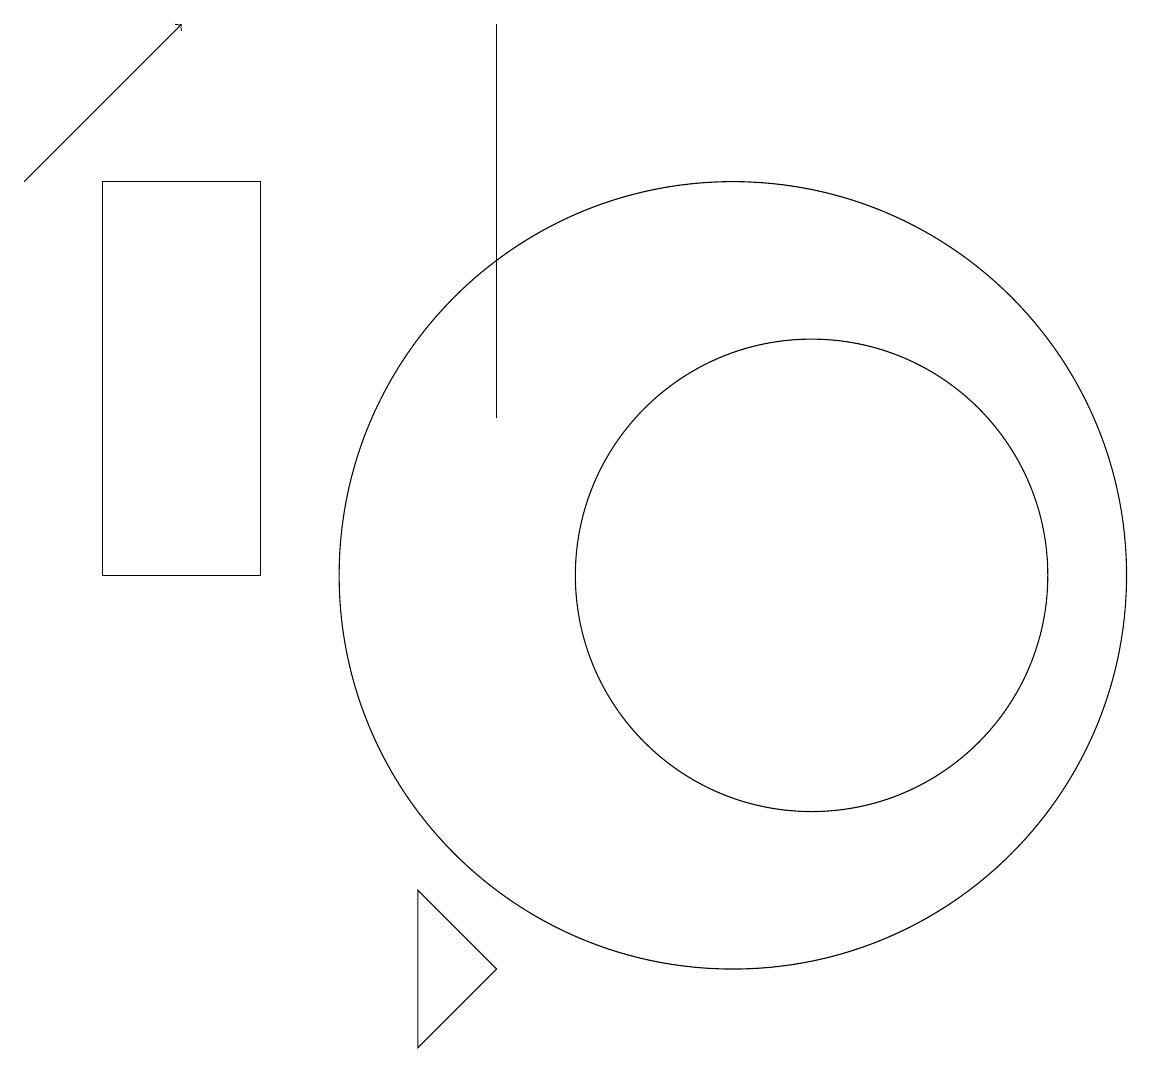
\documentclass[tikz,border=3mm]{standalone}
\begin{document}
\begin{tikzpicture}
\draw (11,11) circle (5);
\draw[->] (2,16) -- (4,18);
\draw (8,6) -- (7,7) -- (7,5) -- cycle;
\draw (12,11) circle (3);
\draw (5,16) rectangle (3,11);
\draw (8,13) rectangle (8,18);
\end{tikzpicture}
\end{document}